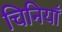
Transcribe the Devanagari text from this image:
चिनियाँ